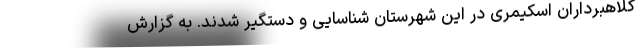
کلاهبرداران اسکیمری در این شهرستان شناسایی و دستگیر شدند. به گزارش